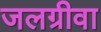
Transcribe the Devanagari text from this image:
जलग्रीवा